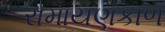
રામાયણકાળ